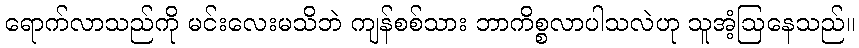
ရောက်လာသည်ကို မင်းလေးမသိဘဲ ကျန်စစ်သား ဘာကိစ္စလာပါသလဲဟု သူအံ့ဩနေသည်။